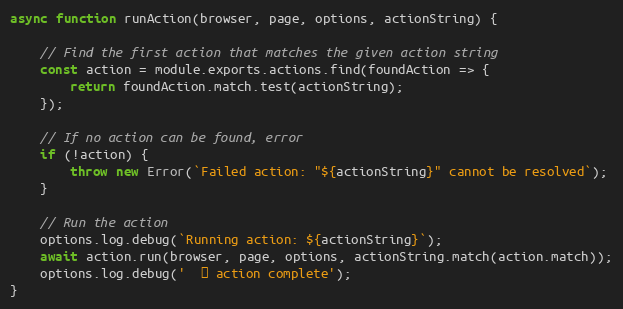
Language: JavaScript
async function runAction(browser, page, options, actionString) {

	// Find the first action that matches the given action string
	const action = module.exports.actions.find(foundAction => {
		return foundAction.match.test(actionString);
	});

	// If no action can be found, error
	if (!action) {
		throw new Error(`Failed action: "${actionString}" cannot be resolved`);
	}

	// Run the action
	options.log.debug(`Running action: ${actionString}`);
	await action.run(browser, page, options, actionString.match(action.match));
	options.log.debug('  ✔︎ action complete');
}